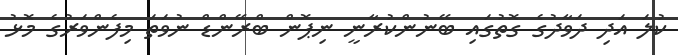
ކުލަ އަދި ދަވާދުގެ ގޮތުގައި ބޭނުންކުރާނީ ނިޕޮން ބްރޭންޑް ނުވަތަ މިފެންވަރުގެ މޮޅު